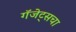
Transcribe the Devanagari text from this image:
गॅजेट्सचा